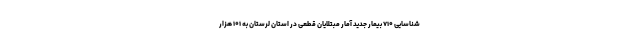
شناسایی ۷۱۰ بیمار جدید آمار مبتلایان قطعی در استان لرستان به ۱۰۱ هزار